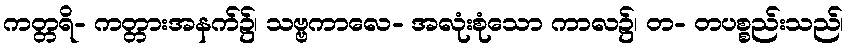
ကတ္တရိ- ကတ္တားအနက်၌၊ သဗ္ဗကာလေ- အလုံးစုံသော ကာလ၌၊ တ- တပစ္စည်းသည်၊